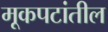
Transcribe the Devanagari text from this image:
मूकपटांतील